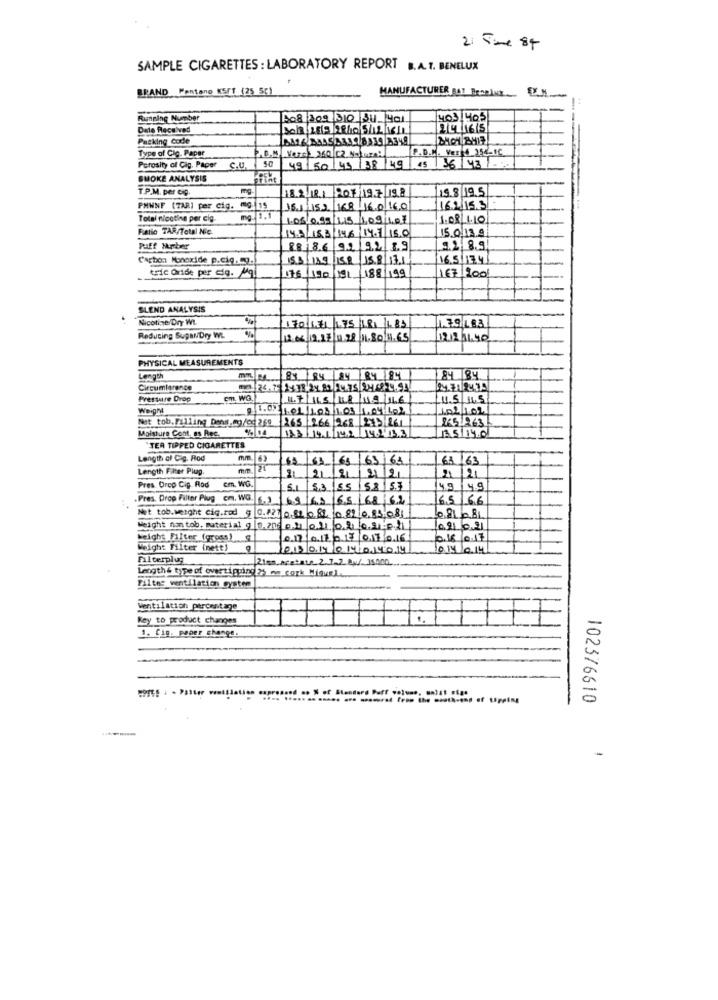
2. Time St
SAMPLE CIGARETTES : LABORATORY REPORT B.A.T. BENELUX
BRAND Pantano KS/T (25 5c)
MANUFACTURER BAT Benplur
Running Number
308 209 310 31 401
403/405
Date Received
301/2019 28/10/5/12/111
241 1615
Packing Code
Type of Clg. Paper
P.D.M. Veres 256-1C
Porosity of Cig. Paper C.U.
49 50 45 38 49 15 36 48/
SMOKE ANALYSIS
T.P.M. per eip.
182 18.1 207 197 198
198/19.51
PHWNF (7ARI per cig. mg.[15
151-152 168 160 160
162/15.31
Total nicotine per cig.
1.05/099/115 109 107
1.08/1.10
Fatio TAR/Total Nic.
14.5/183/146 14.7 15.0
150/12 9
Puff Number
88 18.6 92 92 1.9
9.2 8.9
Carbon Monoxide p.cic. 9.
153,189 159 158|13.1
16.5/134
tric Oride per dig. Mq
twe
76/190/191 188/199
167/2001
SLEND ANALYSIS
Nicotine Dry Wt.
170/01/175 181 1.85
1.39 183
Reducing SupanDry W.
12.06/1923/11.28 11.80 11.65
1212 11.40
PHYSICAL MEASUREMENTS
Length
81/84/84 84 84
84 84
Circumlarence
24.31/2435
Pressure Drop
Cm. WG.
17/115/18/119/116
11.5 1.5
Weight
1.01/103 103 1.04.102/
Net tob.Filling Dens,my/og 260
(265 266 968 243 261
2651963
Moisture Cont. as Rec.
133 141/112 4 33
13.5/140
`TER TIPPED CIGARETTES
Length of Cg. Rod
165
63/63/63163
631 63
63163
61/63
Length Filter Plug
Cm. WG.
21 21
21/2
221
Pres. Drop Cig. Rod
5.3 /55
158 53
49 49
.Pres. Drop Filter Plug cm. WG.
5.3 69/62
65/68/62
65 66
Net tob.weight ciq.rod 9 0.121 0.81 0 81 10 89 10.8
08108
Weight non tob. material 9 0,206011 011 02 0.2
09021
Height Filter (gross) .
0.17/0.12017 /017/016
0.16 0.17
Weight Filter (nett)
013014 01014014
014 0.14
Filterplug
Leogthe type of oves tipping 25_
Filtes ventilation system
Ventilation percentage
Key to product changes
7
1. Cig. paper change
102376610
--